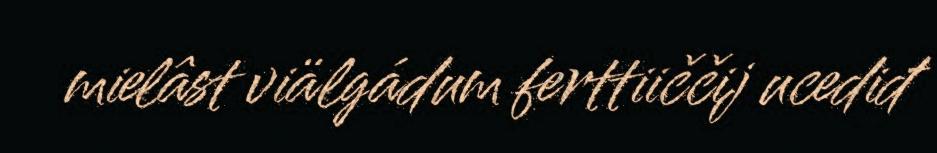
mielâst viälgádum ferttiiččij ucediđ